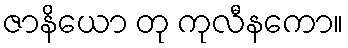
ဇာနိယော တု ကုလီနကော။